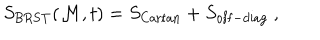
S _ { \mathrm { B R S T } } ( { \cal M } , t ) = S _ { \mathrm { C a r t a n } } + S _ { \mathrm { o f f - d i a g } } ~ ,